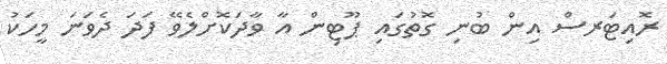
ރޮއިޓަރސް އިން ބުނި ގޮތުގައި ޕޫޓިން އާ ވާދަކޮށްލެވޭ ފަދަ ދެވަނަ މީހަކު